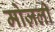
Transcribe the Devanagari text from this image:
मोज़ली